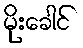
မိုးခေါင်